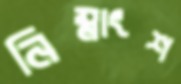
নিম্নাংশ